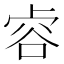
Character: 𧮲